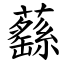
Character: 蘨